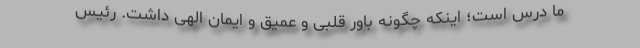
ما درس است؛ اینکه چگونه باور قلبی و عمیق و ایمان الهی داشت. رئیس